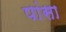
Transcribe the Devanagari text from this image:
पांसा